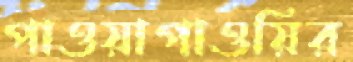
পাওয়াপাওয়ির